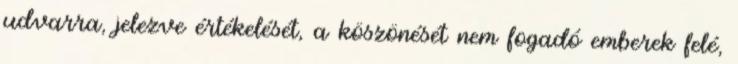
udvarra, jelezve értékelését, a köszönését nem fogadó emberek felé,